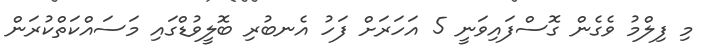
މި ފިލްމު ވެގެން ގޮސްފައިވަނީ 5 އަހަރަށް ފަހު އެނބުރި ބޮލީވުޑްގައި މަސައްކަތްކުރަން